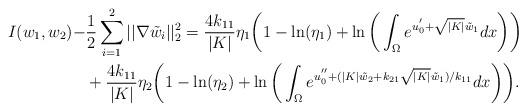
LaTeX: \begin{align*}I(w_1,w_2)-&\dfrac{1}{2}\sum\limits_{i=1}^{2}{||\nabla \tilde{w}_i||^2_2}=\dfrac{4k_{11}}{|K|}\eta_1\bigg(1-\ln(\eta_1)+\ln\bigg(\int_{\Omega}{e^{u_0^{'}+\sqrt{|K|}\tilde{w}_1}}dx\bigg)\bigg)\\&+\dfrac{4k_{11}}{|K|}\eta_2\bigg(1-\ln(\eta_2)+\ln\bigg(\int_{\Omega}{e^{u_0^{''}+(|K|\tilde{w}_2+k_{21}\sqrt{|K|}\tilde{w}_1)/k_{11}}}dx\bigg)\bigg).\end{align*}